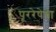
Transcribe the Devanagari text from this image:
पूररेषेचा